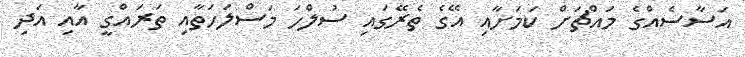
އަސާސެއްގެ މައްޗަށް ކަމަށާއި އޭގެ ތެރޭގައި ސުލްހަ މަސްލަހަތާއި ތަރައްގީ އާއި އަދި